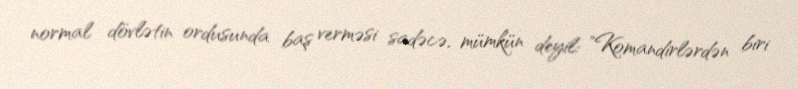
normal dövlətin ordusunda baş verməsi sadəcə, mümkün deyil: "Komandirlərdən biri